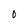
Character: 0